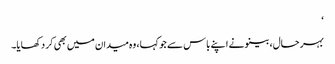
‘
بہر حال، بینو نے اپنے باس سے جو کہا، وہ میدان میں بھی کر دکھایا۔